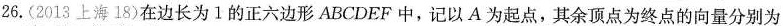
26.(2013上海18)在边长为1的正六边形ABCDEF中，记以A为起点，其余顶点为终点的向量分别为